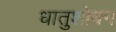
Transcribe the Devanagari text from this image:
धातुशोधन